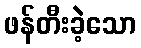
ဖန်တီးခဲ့သော